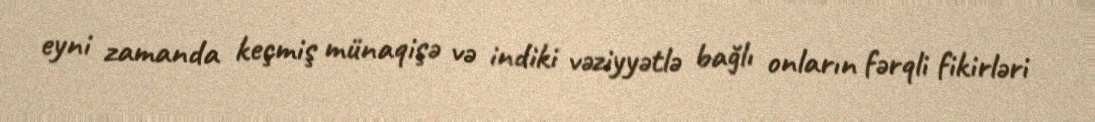
eyni zamanda keçmiş münaqişə və indiki vəziyyətlə bağlı onların fərqli fikirləri